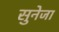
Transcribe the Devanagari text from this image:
सुनेजा